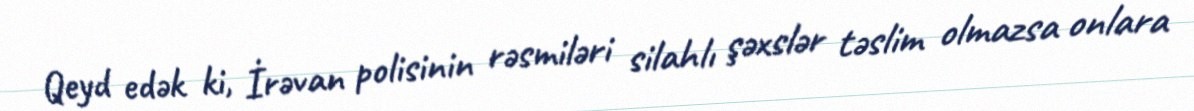
Qeyd edək ki, İrəvan polisinin rəsmiləri silahlı şəxslər təslim olmazsa onlara